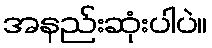
အနည်းဆုံးပါပဲ။